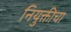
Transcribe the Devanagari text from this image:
नियुक्तीचा